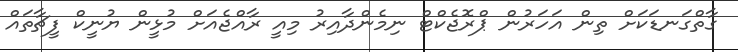
ގާތްގަނޑަކަށް ތިން އަހަރުން ޕްރޮޖެކްޓް ނިމެންދާއިރު މިއީ ރާއްޖެއަށް މުޅީން ޔުނީކް ފީޗާތައް